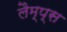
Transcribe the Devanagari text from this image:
लैम्प्स